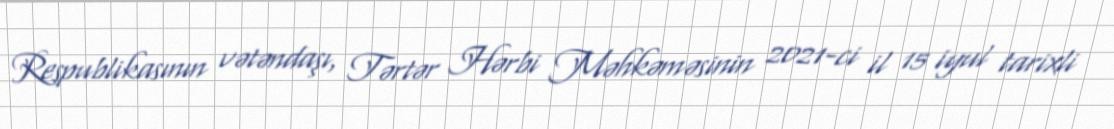
Respublikasının vətəndaşı, Tərtər Hərbi Məhkəməsinin 2021-ci il 15 iyul tarixli